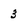
Character: 3